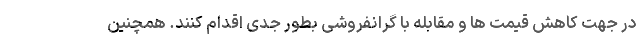
در جهت کاهش قیمت ها و مقابله با گرانفروشی بطور جدی اقدام کنند. همچنین